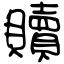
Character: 贖